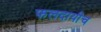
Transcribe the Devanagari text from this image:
फलदायीच